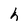
Character: h